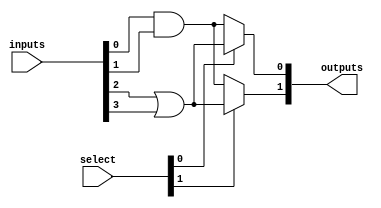
module combinational_logic_block #(
    parameter NUM_INPUTS = 4,   // Number of input lines
    parameter NUM_OUTPUTS = 2    // Number of output lines
)(
    input wire [NUM_INPUTS-1:0] inputs,  // Input lines
    input wire [NUM_OUTPUTS-1:0] select,  // Multiplexer select lines
    output wire [NUM_OUTPUTS-1:0] outputs  // Output lines
);

// Internal signals for logic gates
wire and_out;
wire or_out;
wire not_out;

// Example logic gate implementations
assign and_out = inputs[0] & inputs[1];  // AND gate
assign or_out = inputs[2] | inputs[3];   // OR gate
assign not_out = ~inputs[0];              // NOT gate

// Multiplexer to select outputs based on select lines
generate
    genvar i;
    for (i = 0; i < NUM_OUTPUTS; i = i + 1) begin : mux
        assign outputs[i] = (select[i] == 1'b0) ? and_out : or_out; // MUX selection
    end
endgenerate

endmodule